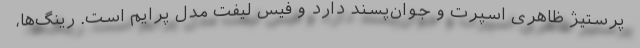
پرستیژ ظاهری اسپرت و جوان‌پسند دارد و فیس لیفت مدل پرایم است. رینگ‌ها،